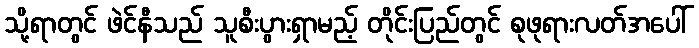
သို့ရာတွင် ဖဲင်နီသည် သူစီးပွားရှာမည့် တိုင်းပြည်တွင် စုဖုရားလတ်အပေါ်